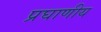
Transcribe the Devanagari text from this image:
प्रघाणीय